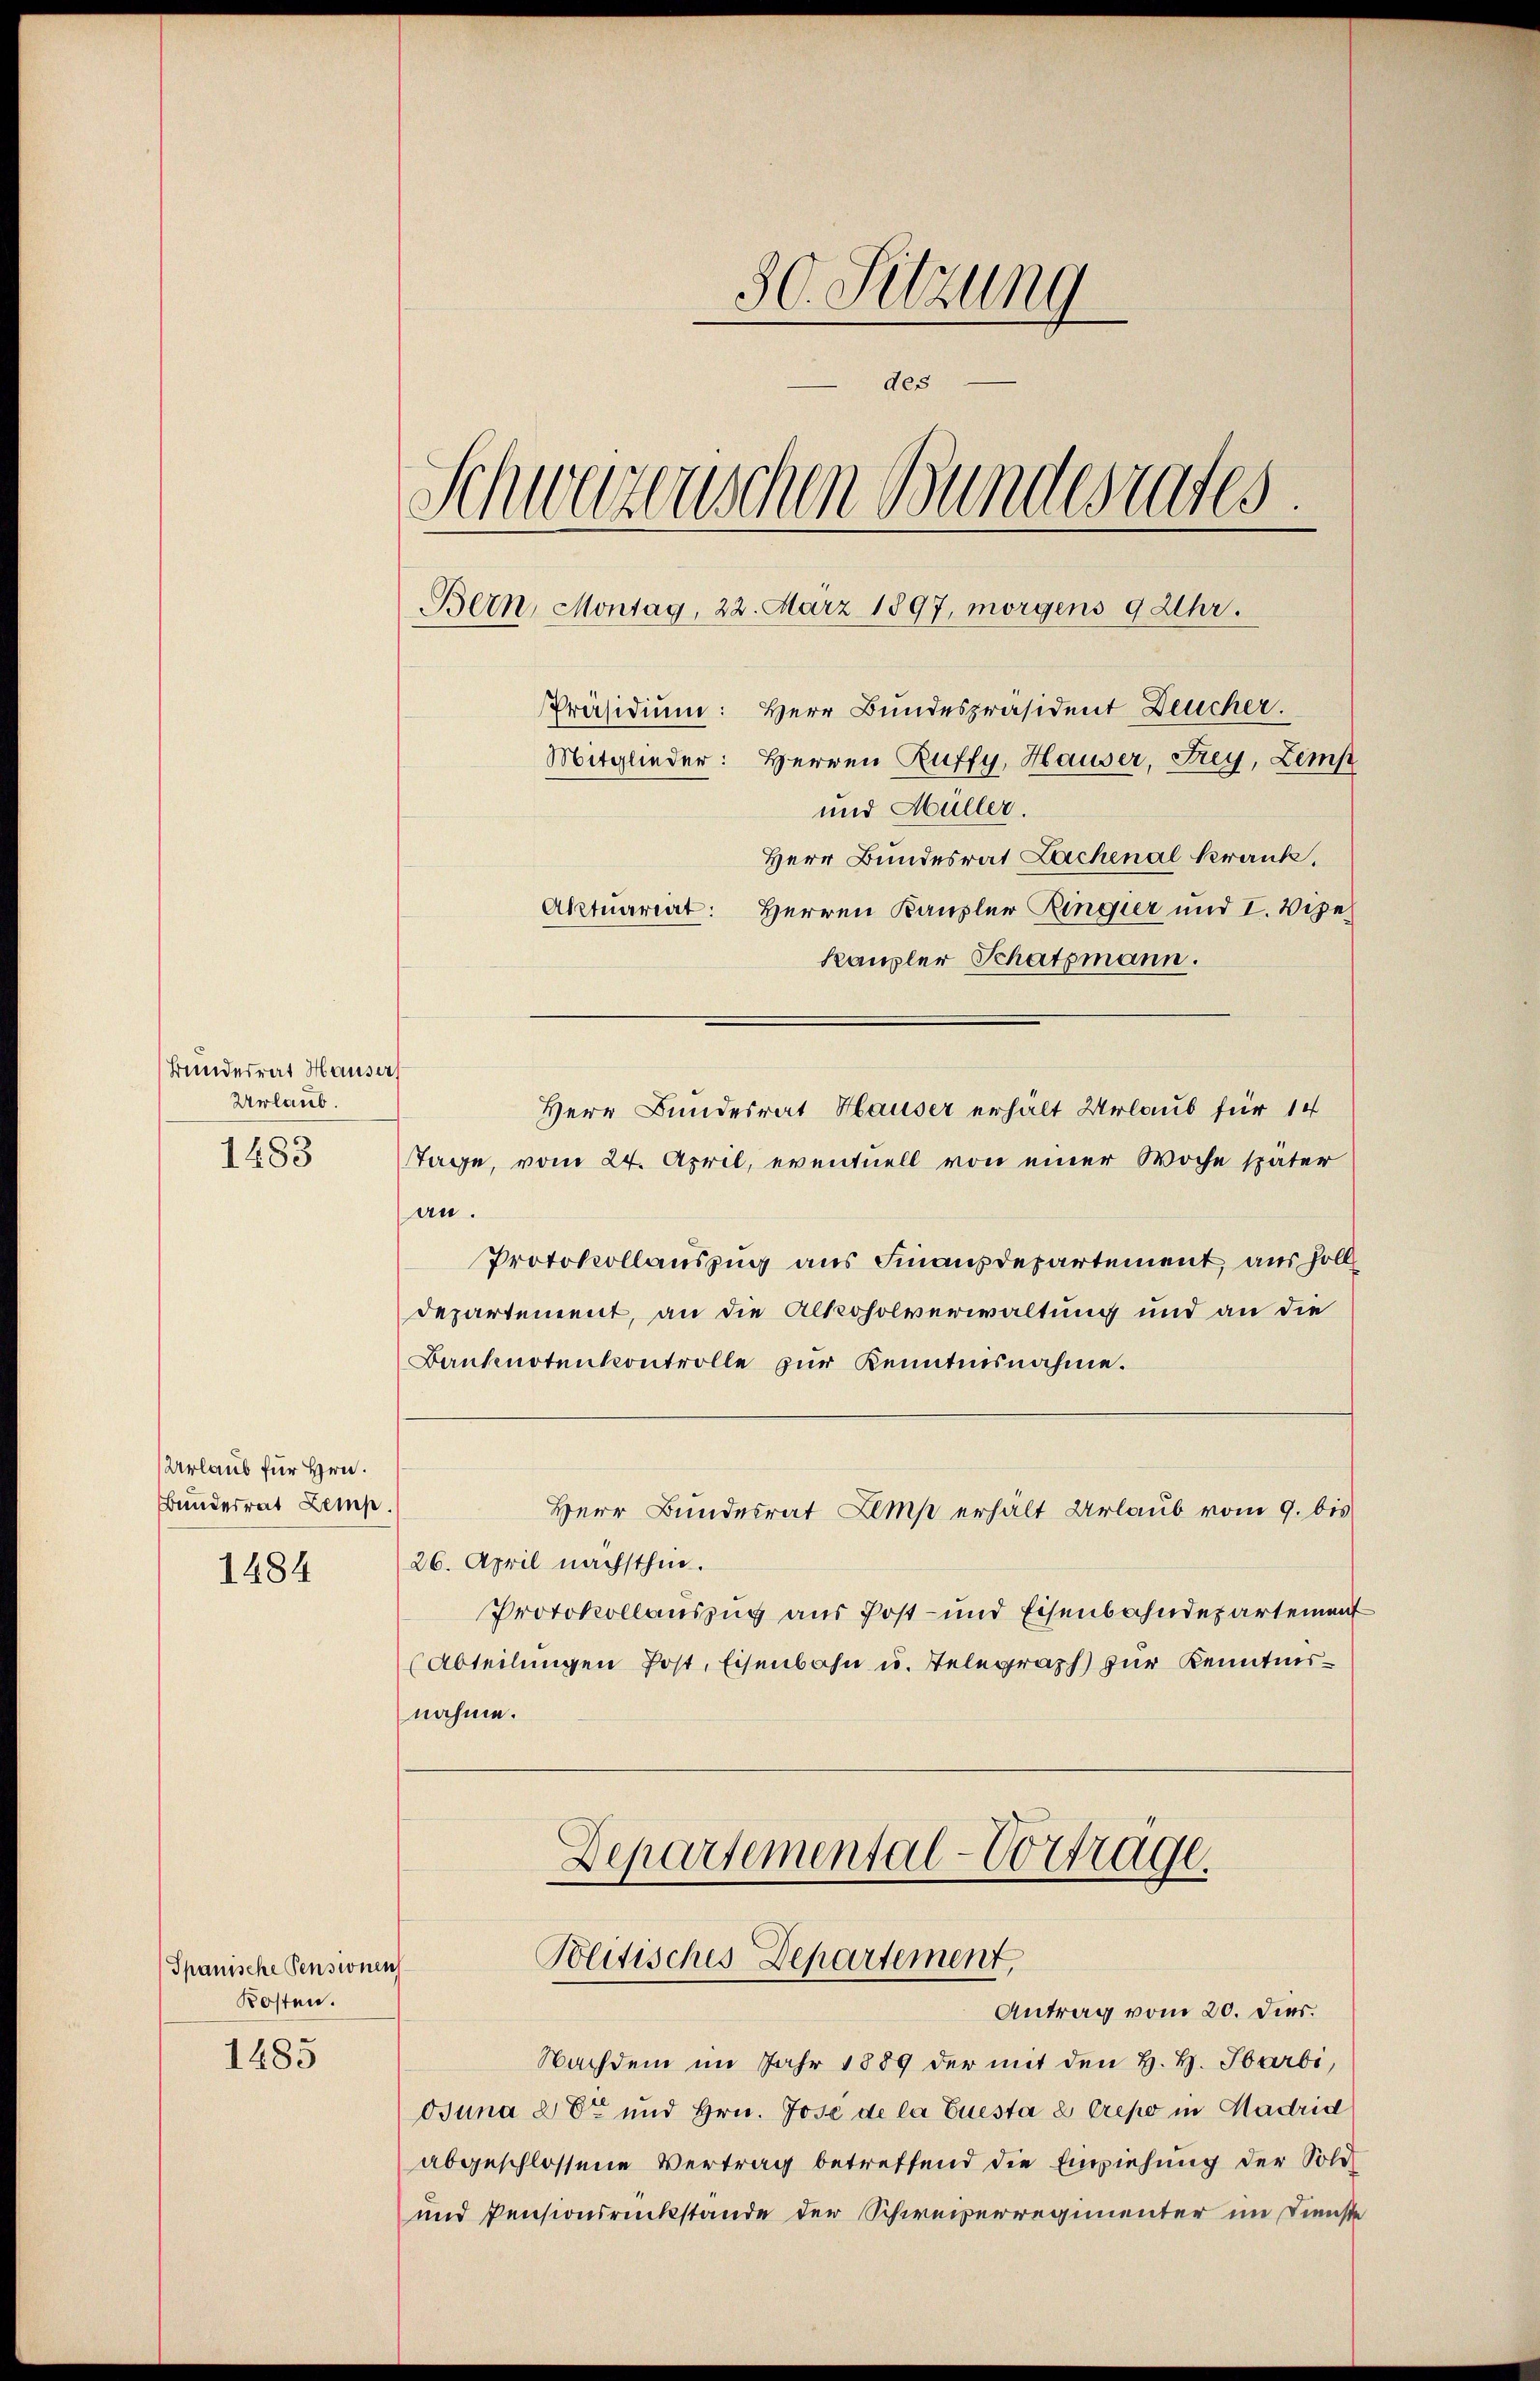
Bundesrat Hauser
Urlaub.
1483

Urlaub für Hrn.
Bundesrat Zemp
1484

Spanische Pensionen
Kosten.
1483

30. Sitzung
des
Schweizerischen Bundesrates.
Bern, Montag, 22. März 1897, morgens 9 Uhr.
Präsidium: Herr Bundespräsident Deucher.
Mitglieder: Herren Ruffy, Hauser, Frey, Lemp
und Müller.
Herr Bundesrat Lachenal krank,
Aktuariirt:
Herren Kanzler Ringier und I. Vize¬
Kanzler Schatzmann.

Herr Bundesrat Hauser erhält Urlaub für 14
Tage, vom 24. April, eventuell von einer Woche später
an.
Protokollauszug aus Finanzdepartement, aus soll
departement, an die Alkoholverwaltung und an die
Banknotenkontrolle zur Kenntnisnahme.
Herr Bundesrat Lemp erhält Urlaub vom 9. bis
26. April nächsthin.
Protokollauszug aus Post- und Eisenbahndepartement
(Abteilungen Post, Eisenbahn u. Telegraph zur Kenntnisnahme.

Departemental-Vortrage.
Politisches Departement,
Antrag vom 20. Dies.

Nachdem im Jahr 1889 der mit den H. H. Harbi,
Ouna der und Hrn. Jose de la Euesta è Crepo in Hadrid
abgeschlossene Vertrag betreffend die Einziehung der Sold
und Pensionsrückstande der Schweizerregimenter im Dienste